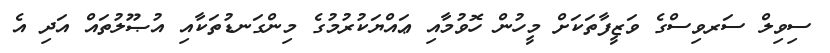
ސިވިލް ސަރވިސްގެ ވަޒީފާތަކަށް މީހުން ހޮވުމާއި ޢައްޔަކުރުމުގެ މިންގަނޑުތަކާއި އުޞޫލުތައް އަދި އެ